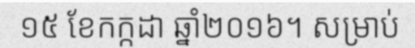
១៥ ខែកក្កដា ឆ្នាំ២០១៦។ សម្រាប់